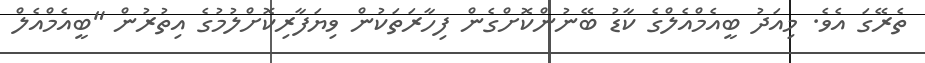
ތެރޭގަ އެވެ. މިއަދު ބީއެމްއެލްގެ ކާޑު ބޭނުންކޮށްގެން ފިހާރަތަކުން ވިޔަފާރިކޮށްލުމުގެ އިތުރުން "ބީއެމްއެލް